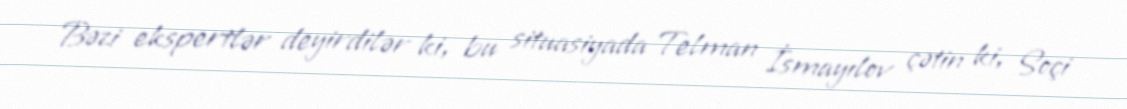
Bəzi ekspertlər deyirdilər ki, bu situasiyada Telman İsmayılov çətin ki, Soçi